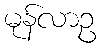
မုန်လာဥ